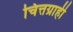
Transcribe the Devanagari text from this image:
चित्तग्राही